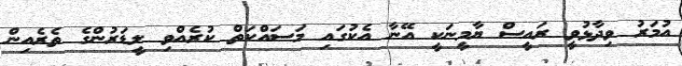
އުމަރު ވިދާޅުވީ ރައީސް ޔާމީނަކީ އޭނާ އެކުގައި މަސައްކަތް ކުރެއްވި ލީޑަރުންގެ ތެރެއިން